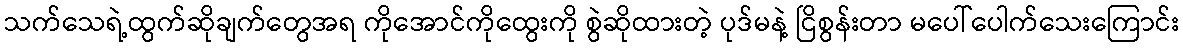
သက်သေရဲ့ထွက်ဆိုချက်တွေအရ ကိုအောင်ကိုထွေးကို စွဲဆိုထားတဲ့ ပုဒ်မနဲ့ ငြိစွန်းတာ မပေါ်ပေါက်သေးကြောင်း